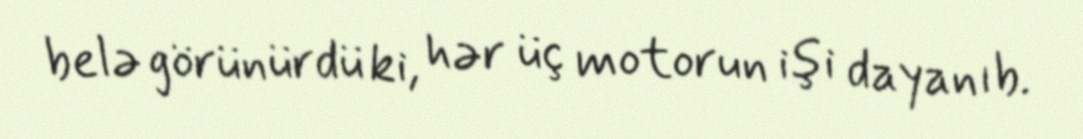
belə görünürdü ki, hər üç motorun işi dayanıb.